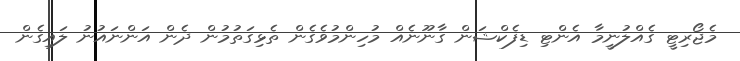
މެޖޯރިޓީ ގެއްލުނީމާ އެންޓި ޑިފެކްޝަން ގާނޫނެއް މުހިންމުވެގެން ތެޅިގަތުމުން ދެން އަންނައުނު ލައިގެން